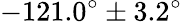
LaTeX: -121.0^{\circ}\pm 3.2^{\circ}